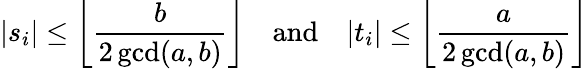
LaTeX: |s_{i}|\leq\left\lfloor{\frac{b}{2\operatorname*{gcd}(a,b)}}\right\rfloor\quad{\mathrm{and}}\quad|t_{i}|\leq\left\lfloor{\frac{a}{2\operatorname*{gcd}(a,b)}}\right\rfloor